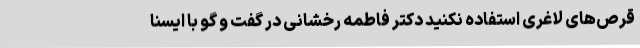
قرص‌های لاغری استفاده نکنید دکتر فاطمه رخشانی در گفت و گو با ایسنا